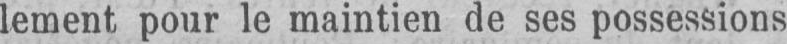
lement pour le maintien de ses possessions